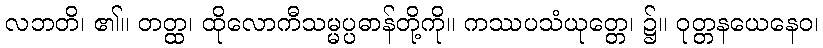
လဘတိ၊ ၏။ တတ္ထ၊ ထိုလောကီသမ္မပ္ပဓာန်တို့ကို။ ကဿပသံယုတ္တေ၊ ၌။ ဝုတ္တနယေနေဝ၊